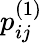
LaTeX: p_{ij}^{(1)}